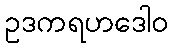
ဥဒကရဟဒေါဝ